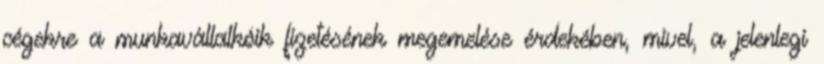
cégekre a munkavállalkóik fizetésének megemelése érdekében, mivel, a jelenlegi